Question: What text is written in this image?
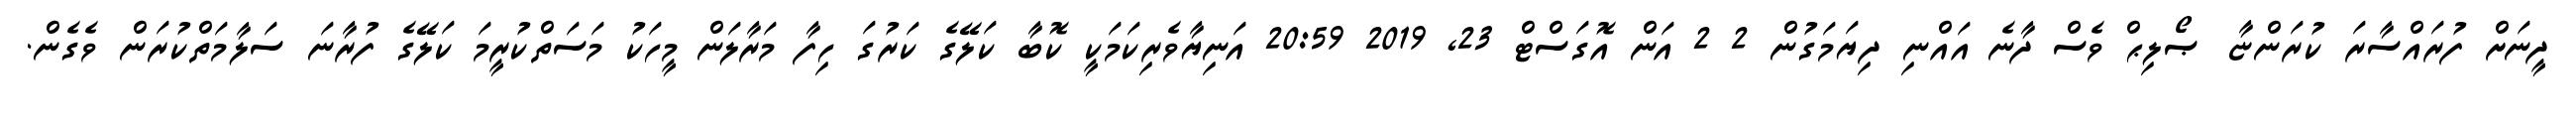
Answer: ދީނަށް ފުރައްސާރަ ކުރަންޏާ ޞޯލިޙް ވެސް ދާނެ އައްނި ދިޔަމަގުން 2 2 އަން އޮގަސްޓް 23, 2019 20:59 އަނިޔާވެރިކަމަކީ ކޮބާ ކަލޭގެ ކަރުގަ ހިފާ މަރާލަން މީހަކު މަސަތްކުރީމަ ކަލޭގެ ފުރާނަ ސަލާމަތްކުރަން ވެގެން.